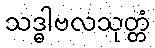
သဒ္ဓါဗလသုတ္တံ